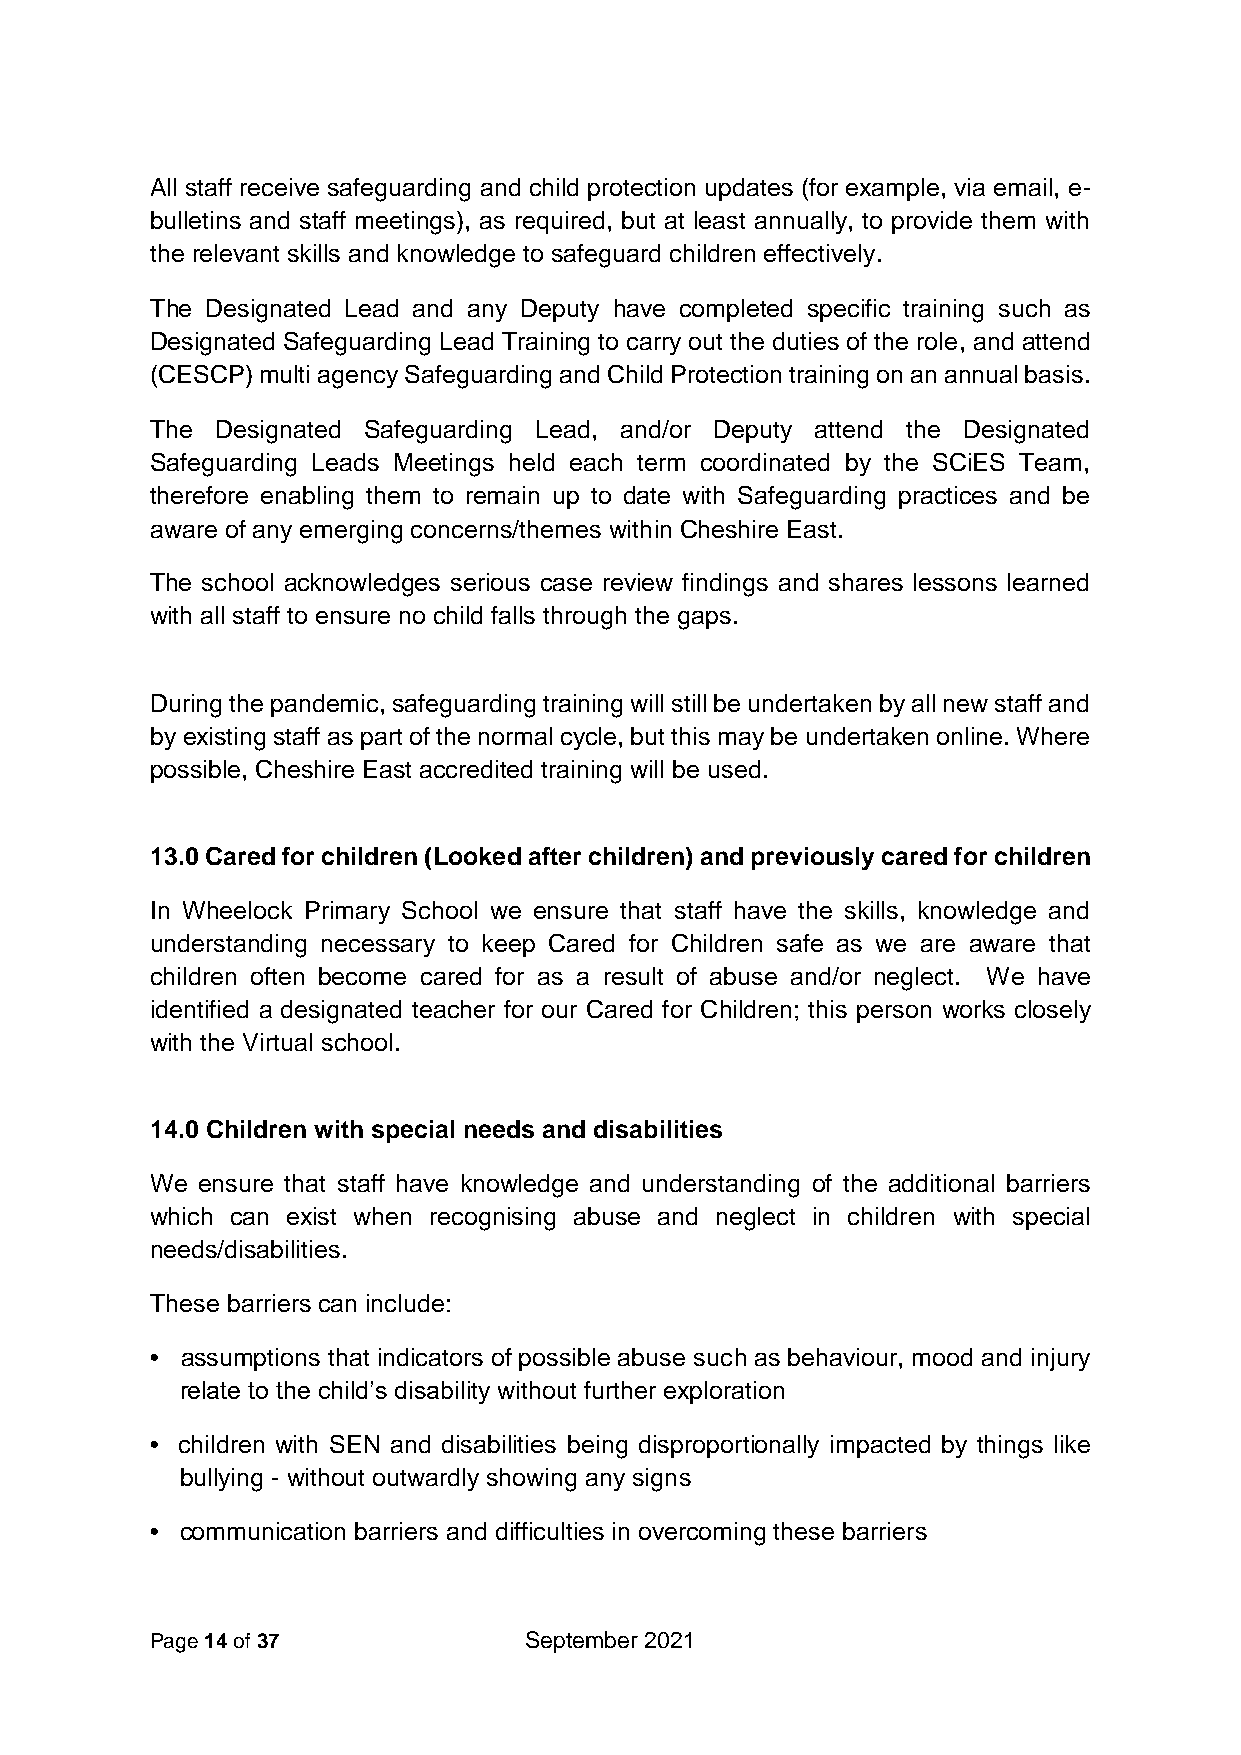
All staff receive safeguarding and child protection updates (for example, via email, e-
 bulletins and staff meetings), as required, but at least annually, to provide them with
 the relevant skills and knowledge to safeguard children effectively.
 The Designated Lead and any Deputy have completed specific training such as
 Designated Safeguarding Lead Training to carry out the duties of the role, and attend
 (CESCP) multi agency Safeguarding and Child Protection training on an annual basis.
 The Designated Safeguarding Lead, and/or Deputy attend the Designated
 Safeguarding Leads Meetings held each term coordinated by the SCiES Team,
 therefore enabling them to remain up to date with Safeguarding practices and be
 aware of any emerging concerns/themes within Cheshire East.
 The school acknowledges serious case review findings and shares lessons learned
 with all staff to ensure no child falls through the gaps.
 During the pandemic, safeguarding training will still be undertaken by all new staff and
 by existing staff as part of the normal cycle, but this may be undertaken online. Where
 possible, Cheshire East accredited training will be used.
 13.0 Cared for children (Looked after children) and previously cared for children
 In Wheelock Primary School we ensure that staff have the skills, knowledge and
 understanding necessary to keep Cared for Children safe as we are aware that
 children often become cared for as a result of abuse and/or neglect. We have
 identified a designated teacher for our Cared for Children; this person works closely
 with the Virtual school.
 14.0 Children with special needs and disabilities
 We ensure that staff have knowledge and understanding of the additional barriers
 which can exist when recognising abuse and neglect in children with special
 needs/disabilities.
 These barriers can include:
 • assumptions that indicators of possible abuse such as behaviour, mood and injury
 relate to the child’s disability without further exploration
 • children with SEN and disabilities being disproportionally impacted by things like
 bullying - without outwardly showing any signs
 • communication barriers and difficulties in overcoming these barriers
 Page 14 of 37            September 2021